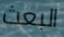
البعث